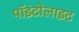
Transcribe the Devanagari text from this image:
पॉइंटोलाइट